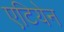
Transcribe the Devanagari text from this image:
एटियेन